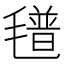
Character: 氆